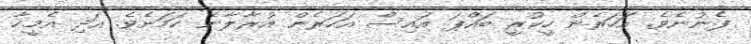
ފެނުނެވެ. އަހަރެން ހީކުރީ ބައްޕަ އައިސް އަހަރެން އުރާލާނެ ކަމަށެވެ. އަދި އެމީހާ